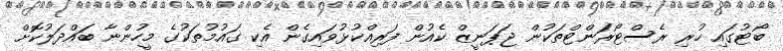
ބޯޓުގައި ހުރި ރެސްޓޯރަންޓްތަކުން ޖަޕަނީޒް ކެއުން ފަރިއްކުޅުވައިގެން އެކި ގައުމުތަކުގެ މީހުންނާ ބައްދަލުކޮށް